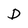
Character: D